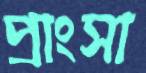
প্রাংসা